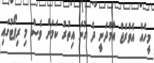
މީހެއް އެވްރެޖް އާމްދަނީ ދެ ގުނަ އިތުރު ކަމަށް ވެސް މި ރިޕޯޓުގައި